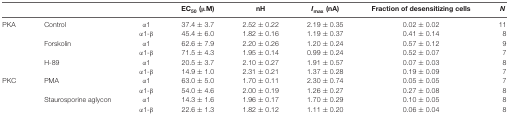
<table><thead><tr><td></td><td></td><td></td><td><b>EC<sub>50</sub> (μM)</b></td><td><b>nH</b></td><td><b><i>I</i><sub>max</sub> (nA)</b></td><td><b>Fraction of desensitizing cells</b></td><td><b><i>N</i></b></td></tr></thead><tbody><tr><td>PKA</td><td>Control</td><td>α1</td><td>37.4 ± 3.7</td><td>2.52 ± 0.22</td><td>2.19 ± 0.35</td><td>0.02 ± 0.02</td><td>11</td></tr><tr><td></td><td></td><td>α1-β</td><td>45.4 ± 6.0</td><td>1.82 ± 0.16</td><td>1.19 ± 0.37</td><td>0.41 ± 0.14</td><td>8</td></tr><tr><td></td><td>Forskolin</td><td>α1</td><td>62.6 ± 7.9</td><td>2.20 ± 0.26</td><td>1.20 ± 0.24</td><td>0.57 ± 0.12</td><td>9</td></tr><tr><td></td><td></td><td>α1-β</td><td>71.5 ± 4.3</td><td>1.95 ± 0.14</td><td>0.99 ± 0.24</td><td>0.52 ± 0.07</td><td>7</td></tr><tr><td></td><td>H-89</td><td>α1</td><td>20.5 ± 3.7</td><td>2.10 ± 0.27</td><td>1.91 ± 0.57</td><td>0.07 ± 0.03</td><td>8</td></tr><tr><td></td><td></td><td>α1-β</td><td>14.9 ± 1.0</td><td>2.31 ± 0.21</td><td>1.37 ± 0.28</td><td>0.19 ± 0.09</td><td>7</td></tr><tr><td>PKC</td><td>PMA</td><td>α1</td><td>63.0 ± 5.0</td><td>1.70 ± 0.11</td><td>2.30 ± 0.74</td><td>0.05 ± 0.05</td><td>7</td></tr><tr><td></td><td></td><td>α1-β</td><td>54.0 ± 4.6</td><td>2.00 ± 0.19</td><td>1.26 ± 0.27</td><td>0.27 ± 0.08</td><td>8</td></tr><tr><td></td><td>Staurosporine aglycon</td><td>α1</td><td>14.3 ± 1.6</td><td>1.96 ± 0.17</td><td>1.70 ± 0.29</td><td>0.10 ± 0.05</td><td>8</td></tr><tr><td></td><td></td><td>α1-β</td><td>22.6 ± 1.3</td><td>1.82 ± 0.12</td><td>1.11 ± 0.20</td><td>0.06 ± 0.04</td><td>8</td></tr></tbody></table>